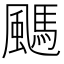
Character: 䬚